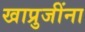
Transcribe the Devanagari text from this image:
खाप्रुजींना